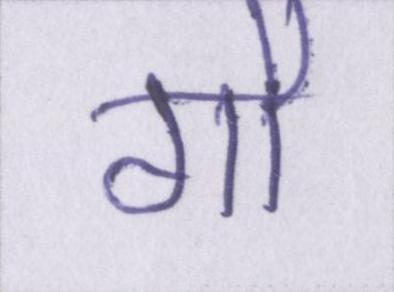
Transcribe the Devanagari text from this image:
गौ